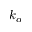
k _ { \alpha }